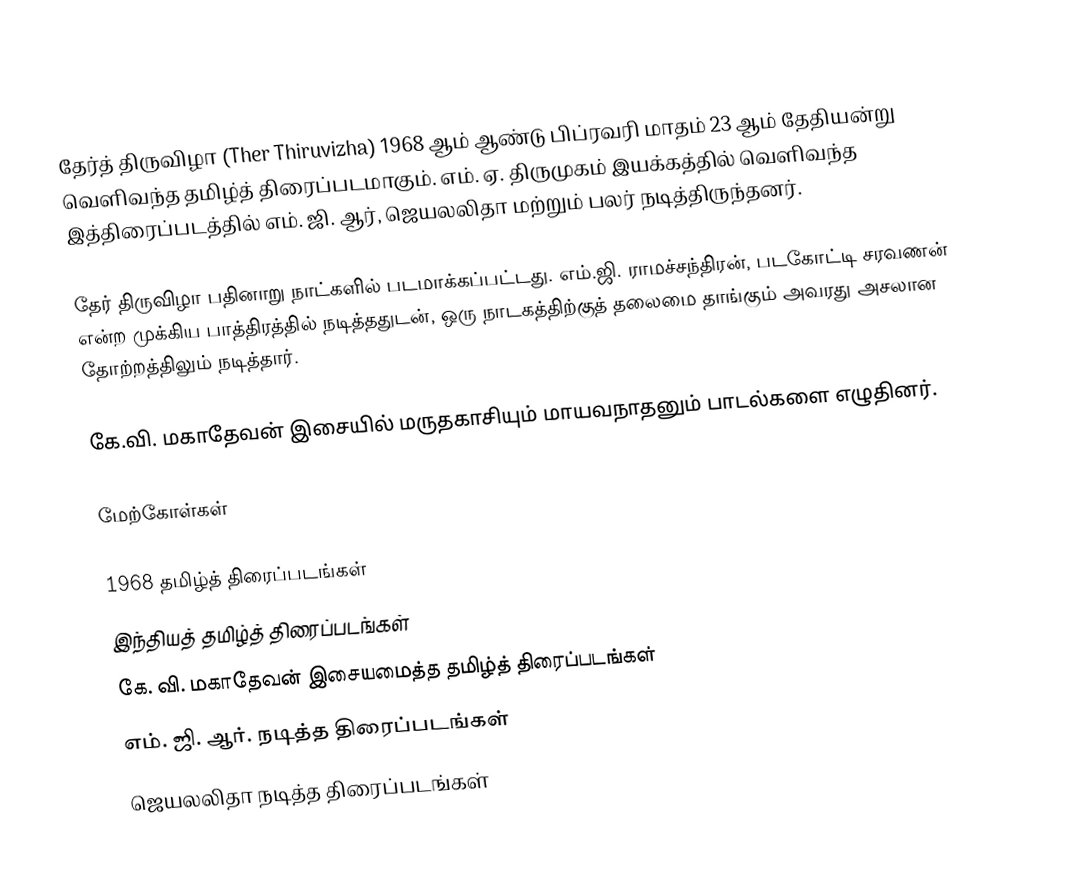
தேர்த் திருவிழா (Ther Thiruvizha) 1968 ஆம் ஆண்டு பிப்ரவரி மாதம் 23 ஆம் தேதியன்று வெளிவந்த தமிழ்த் திரைப்படமாகும். எம். ஏ. திருமுகம் இயக்கத்தில் வெளிவந்த இத்திரைப்படத்தில் எம். ஜி. ஆர், ஜெயலலிதா மற்றும் பலர் நடித்திருந்தனர்.

தேர் திருவிழா பதினாறு நாட்களில் படமாக்கப்பட்டது. எம்.ஜி. ராமச்சந்திரன், படகோட்டி சரவணன் என்ற முக்கிய பாத்திரத்தில் நடித்ததுடன், ஒரு நாடகத்திற்குத் தலைமை தாங்கும் அவரது அசலான தோற்றத்திலும் நடித்தார்.

கே.வி. மகாதேவன் இசையில் மருதகாசியும் மாயவநாதனும் பாடல்களை எழுதினர்.

மேற்கோள்கள்

1968 தமிழ்த் திரைப்படங்கள்
இந்தியத் தமிழ்த் திரைப்படங்கள்
கே. வி. மகாதேவன் இசையமைத்த தமிழ்த் திரைப்படங்கள்
எம். ஜி. ஆர். நடித்த திரைப்படங்கள்
ஜெயலலிதா நடித்த திரைப்படங்கள்